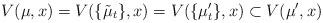
LaTeX: \begin{align*}V(\mu,x) =V(\{\tilde\mu_t\},x)=V(\{\mu'_t\},x)\subset V(\mu',x)\quad\end{align*}